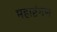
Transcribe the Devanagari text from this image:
महाष्टंगण